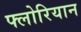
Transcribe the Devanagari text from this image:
फ्लोरियान